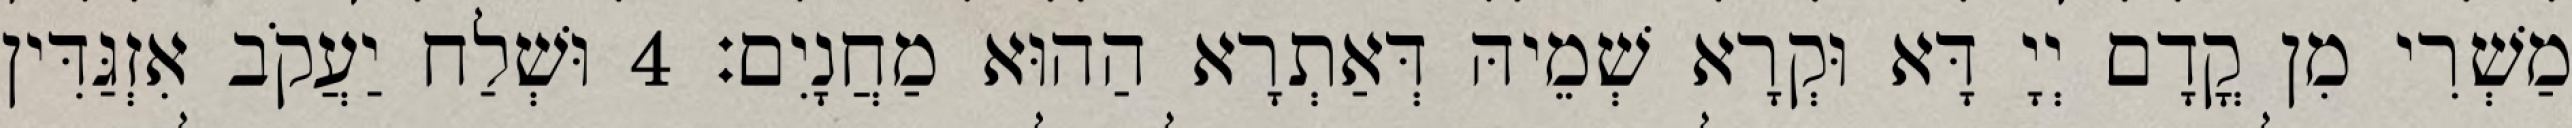
מַשְׁרִי מִן קֳדָם יְיָ דָּא וּקְרָא שְׁמֵיהּ דְּאַתְרָא הַהוּא מַחֲנָיִם׃ 4 וּשְׁלַח יַעֲקֹב אִזְגַּדִּין